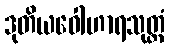
ဒုတိယဝေါဟာရသုတ္တံ